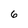
Character: 6